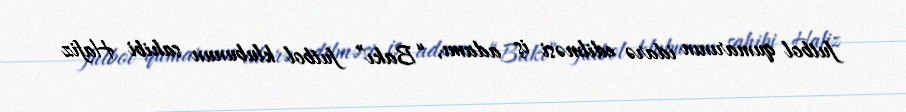
futbol qumarının idarə edilməsi iş adamı, “Bakı” futbol klubunun sahibi Hafiz